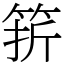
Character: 䇽